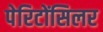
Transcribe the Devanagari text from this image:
पेरिटोंसिलर